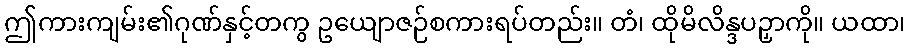
ဤကားကျမ်း၏ဂုဏ်နှင့်တကွ ဥယျောဇဉ်စကားရပ်တည်း။ တံ၊ ထိုမိလိန္ဒပဉှာကို။ ယထာ၊